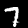
Label: 7